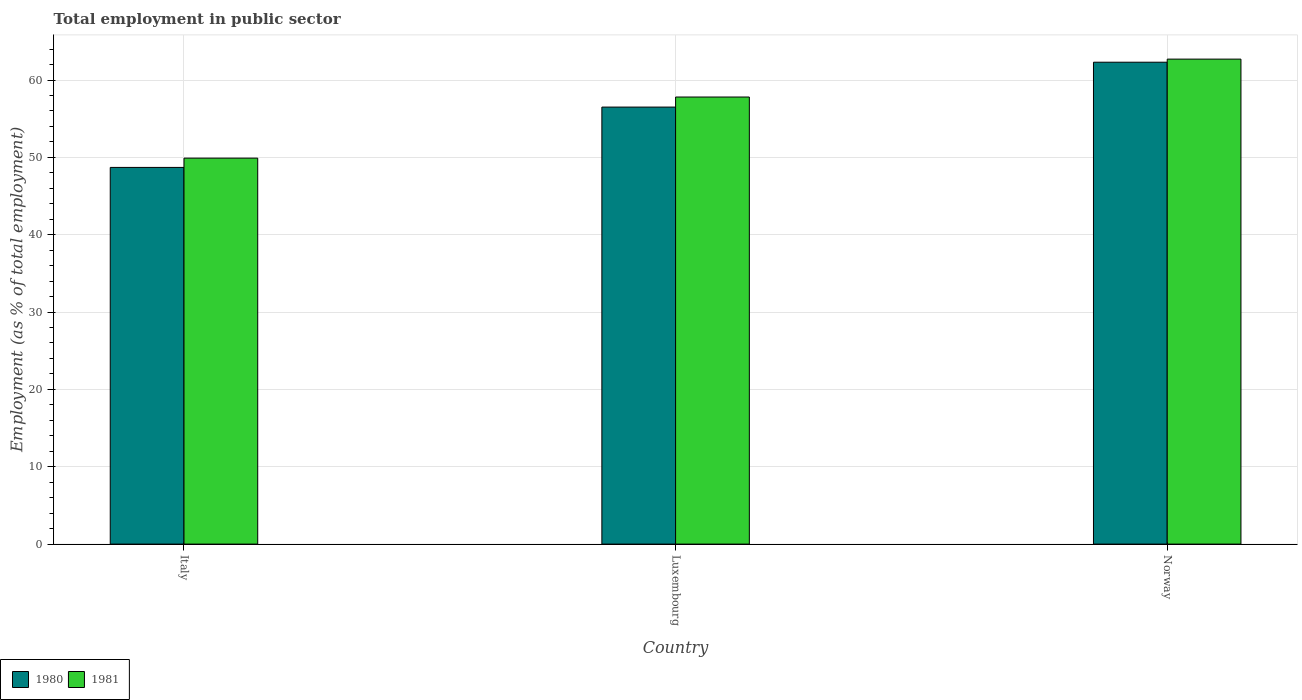
| Country | 1980 | 1981 |
 | --- | --- | --- |
 | Italy | 48.7 | 49.9 |
 | Luxembourg | 56.5 | 57.8 |
 | Norway | 62.3 | 62.7 |